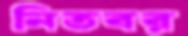
নিতবর